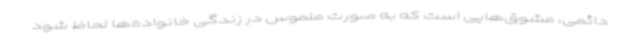
دائمی، مشوق‌هایی است که به صورت ملموس در زندگی خانواده‌ها لحاظ شود